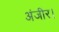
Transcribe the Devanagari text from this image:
अंजीर।